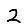
Digit: 2